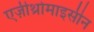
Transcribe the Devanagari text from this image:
एज़ीथ्रोमाइसीन